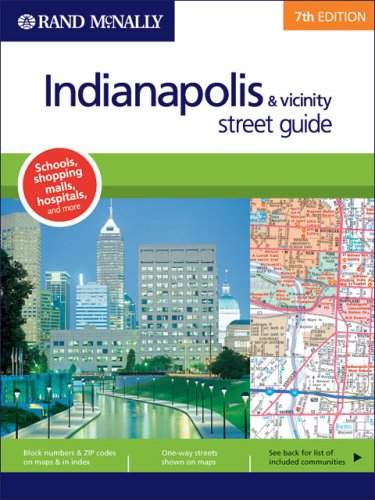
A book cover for Rand McNally Indianapolis & Vicinity: Street Guide; Rand McNally and Company; Travel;